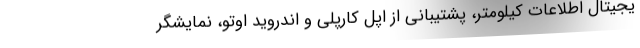
یجیتال اطلاعات کیلومتر، پشتیبانی از اپل کارپلی و اندروید اوتو، نمایشگر